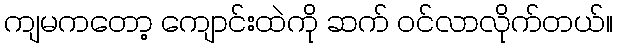
ကျမကတော့ ကျောင်းထဲကို ဆက် ဝင်လာလိုက်တယ်။